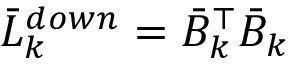
\bar { L } _ { k } ^ { d o w n } = \bar { B } _ { k } ^ { \top } \bar { B } _ { k }